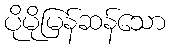
ပိုမိုမြန်ဆန်သော